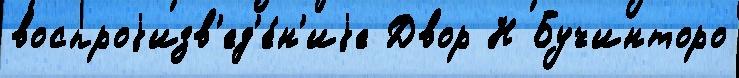
воспроjизв'ед'е́н'иjе Двор Н Бучинторо